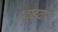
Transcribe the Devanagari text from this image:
दवाइया